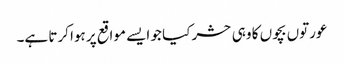
عورتوں بچوں کا وہی حشر کیا جو ایسے مواقع پر ہوا کرتا ہے۔